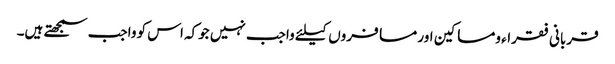
قربانی فقراء ومساکین اور مسافروں کیلئے واجب نہیں جوکہ اس کو واجب سمجھتے ہیں۔